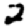
Digit: 2